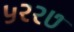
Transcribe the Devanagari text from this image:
५२२७